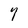
Character: 7